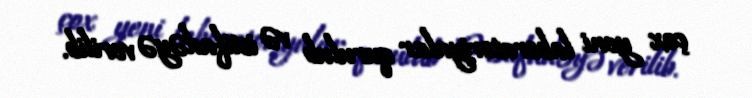
çox yeni laboratoriyalar qurulub və istifadəyə verilib.